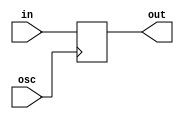
module PC(out,in,osc);
  output reg [31:0] out;
  input [31:0] in;
  input osc;
  
  initial
  begin
    out = 32'd0;
  end
  always@(posedge osc)
  begin
    #10
    out = in;
  end
  
endmodule